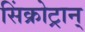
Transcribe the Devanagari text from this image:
सिंक्रोट्रान्